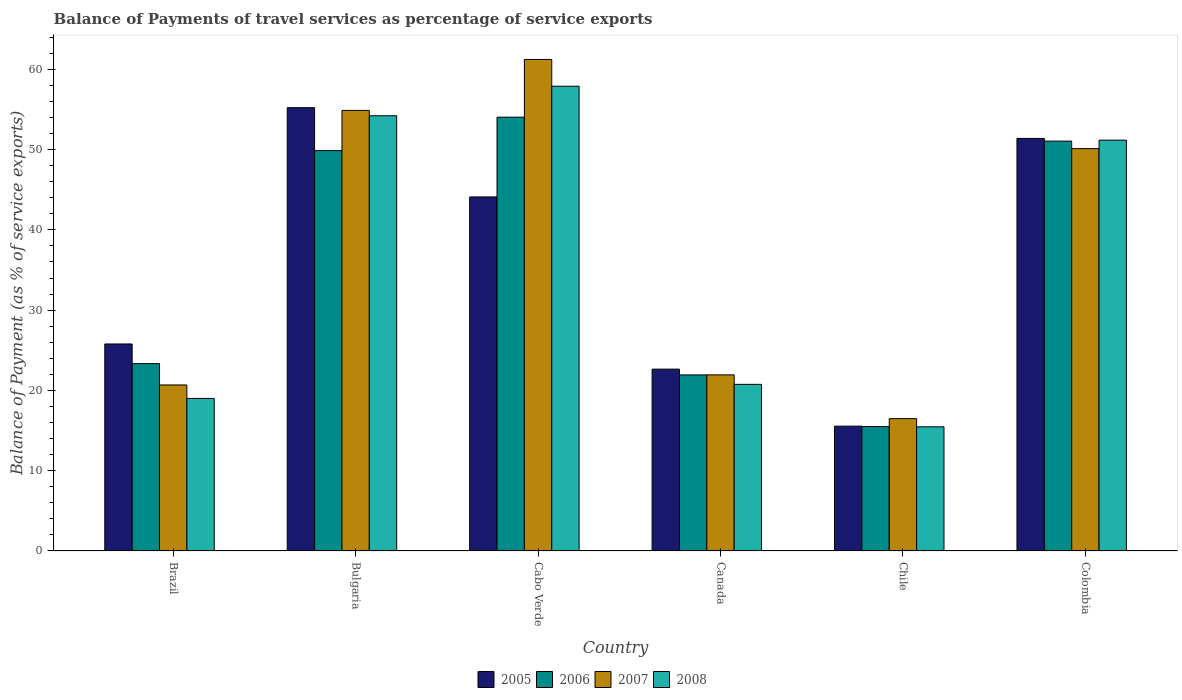
| Country | 2005 | 2006 | 2007 | 2008 |
 | --- | --- | --- | --- | --- |
 | Brazil | 25.8 | 23.3 | 20.7 | 19 |
 | Bulgaria | 55.2 | 49.9 | 54.9 | 54.2 |
 | Cabo Verde | 44.1 | 54 | 61.2 | 57.9 |
 | Canada | 22.6 | 21.9 | 21.9 | 20.8 |
 | Chile | 15.5 | 15.5 | 16.5 | 15.5 |
 | Colombia | 51.4 | 51.1 | 50.1 | 51.2 |